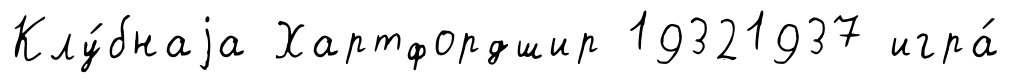
Клу́бнаjа Хартфордшир 19321937 игра́